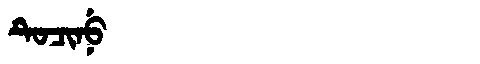
Manchu: ᡨᡠᠴᡳᠨᡠ
Romanization: TUCINU